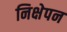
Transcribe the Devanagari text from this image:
निक्षेपन